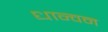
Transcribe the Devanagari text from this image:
धान्वन